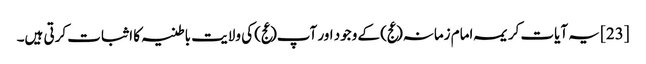
[23] یہ آیات کریمہ امام زمانہ(عج) کے وجود اور آپ(عج) کی ولایت باطنیہ کا اثبات کرتی ہیں۔